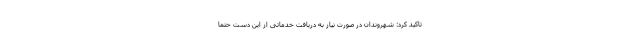
تاکید کرد: شهروندان در صورت نیاز به دریافت خدماتی از این دست حتما